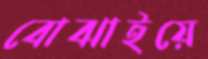
বোঝাইয়ে